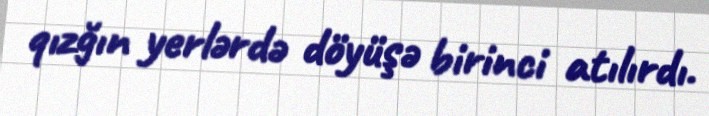
qızğın yerlərdə döyüşə birinci atılırdı.